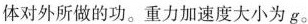
体对外所做的功。重力加速度大小为g。